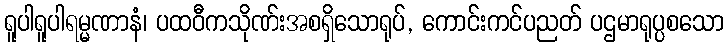
ရူပါရူပါရမ္မဏာနံ၊ ပထဝီကသိုဏ်းအစရှိသောရုပ်, ကောင်းကင်ပညတ် ပဌမာရုပ္ပစသော